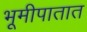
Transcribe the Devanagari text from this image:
भूमीपातात